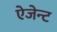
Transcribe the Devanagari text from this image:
ऐजेन्‍ट